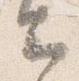
云